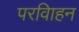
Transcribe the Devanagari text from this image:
परविाहन